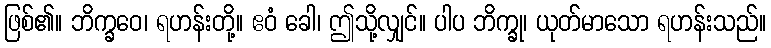
ဖြစ်၏။ ဘိက္ခဝေ၊ ရဟန်းတို့။ ဧဝံ ခေါ၊ ဤသို့လျှင်။ ပါပ ဘိက္ခု၊ ယုတ်မာသော ရဟန်းသည်။